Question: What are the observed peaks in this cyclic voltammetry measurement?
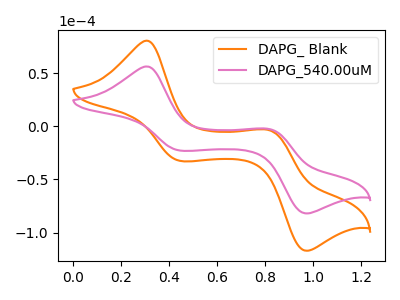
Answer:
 <answer>The orange curve "DAPG_ Blank" has anodic peaks at (0.30V, 80.90uA) (0.80V, -3.60uA) and cathodic peaks at (0.45V, -32.50uA) (0.95V, -117.20uA). The pink curve "DAPG_540.00uM" has anodic peaks at (0.30V, 56.60uA) (0.80V, -2.50uA) and cathodic peaks at (0.45V, -22.75uA) (0.95V, -82.00uA).</answer>
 <eval></eval>